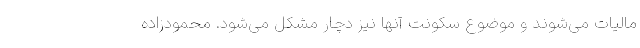
مالیات می‌شوند و موضوع سکونت آنها نیز دچار مشکل می‌شود. محمودزاده